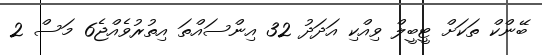
ބޭންކް ތަކަށް ޓީބީލް ވިއްކި އަދަދު 32 އިންސައްތަ އިތުރުވެއްޖެ6 މަސް 2